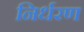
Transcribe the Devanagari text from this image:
निर्धरण